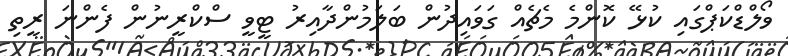
ވޯލްޑްކަޕްގައި ކުޅޭ ކޮންމެ މެޗެއް ގަވައިދުން ބަލަމުންދާއިރު ޓީވީ ސްކްރީނުން ފެންނަ ރީތި